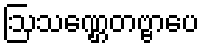
ဩသဏ္ဌေတဗ္ဗာပေ